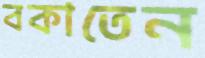
বকাতেন